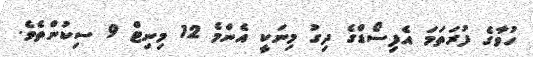
ހުވާގެ ފުރަތަމަ އެފިސޯޑްގެ ދިގު މިނަކީ އެންމެ 12 މިނިޓް 9 ސިކުންތެވެ.